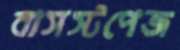
বাসস্টপেজ